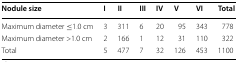
| Nodule size | I | II | III | IV | V | VI | Total |
 | --- | --- | --- | --- | --- | --- | --- | --- |
 | Maximum diameter ≤1.0 cm | 3 | 311 | 6 | 20 | 95 | 343 | 778 |
 | Maximum diameter >1.0 cm | 2 | 166 | 1 | 12 | 31 | 110 | 322 |
 | Total | 5 | 477 | 7 | 32 | 126 | 453 | 1100 |